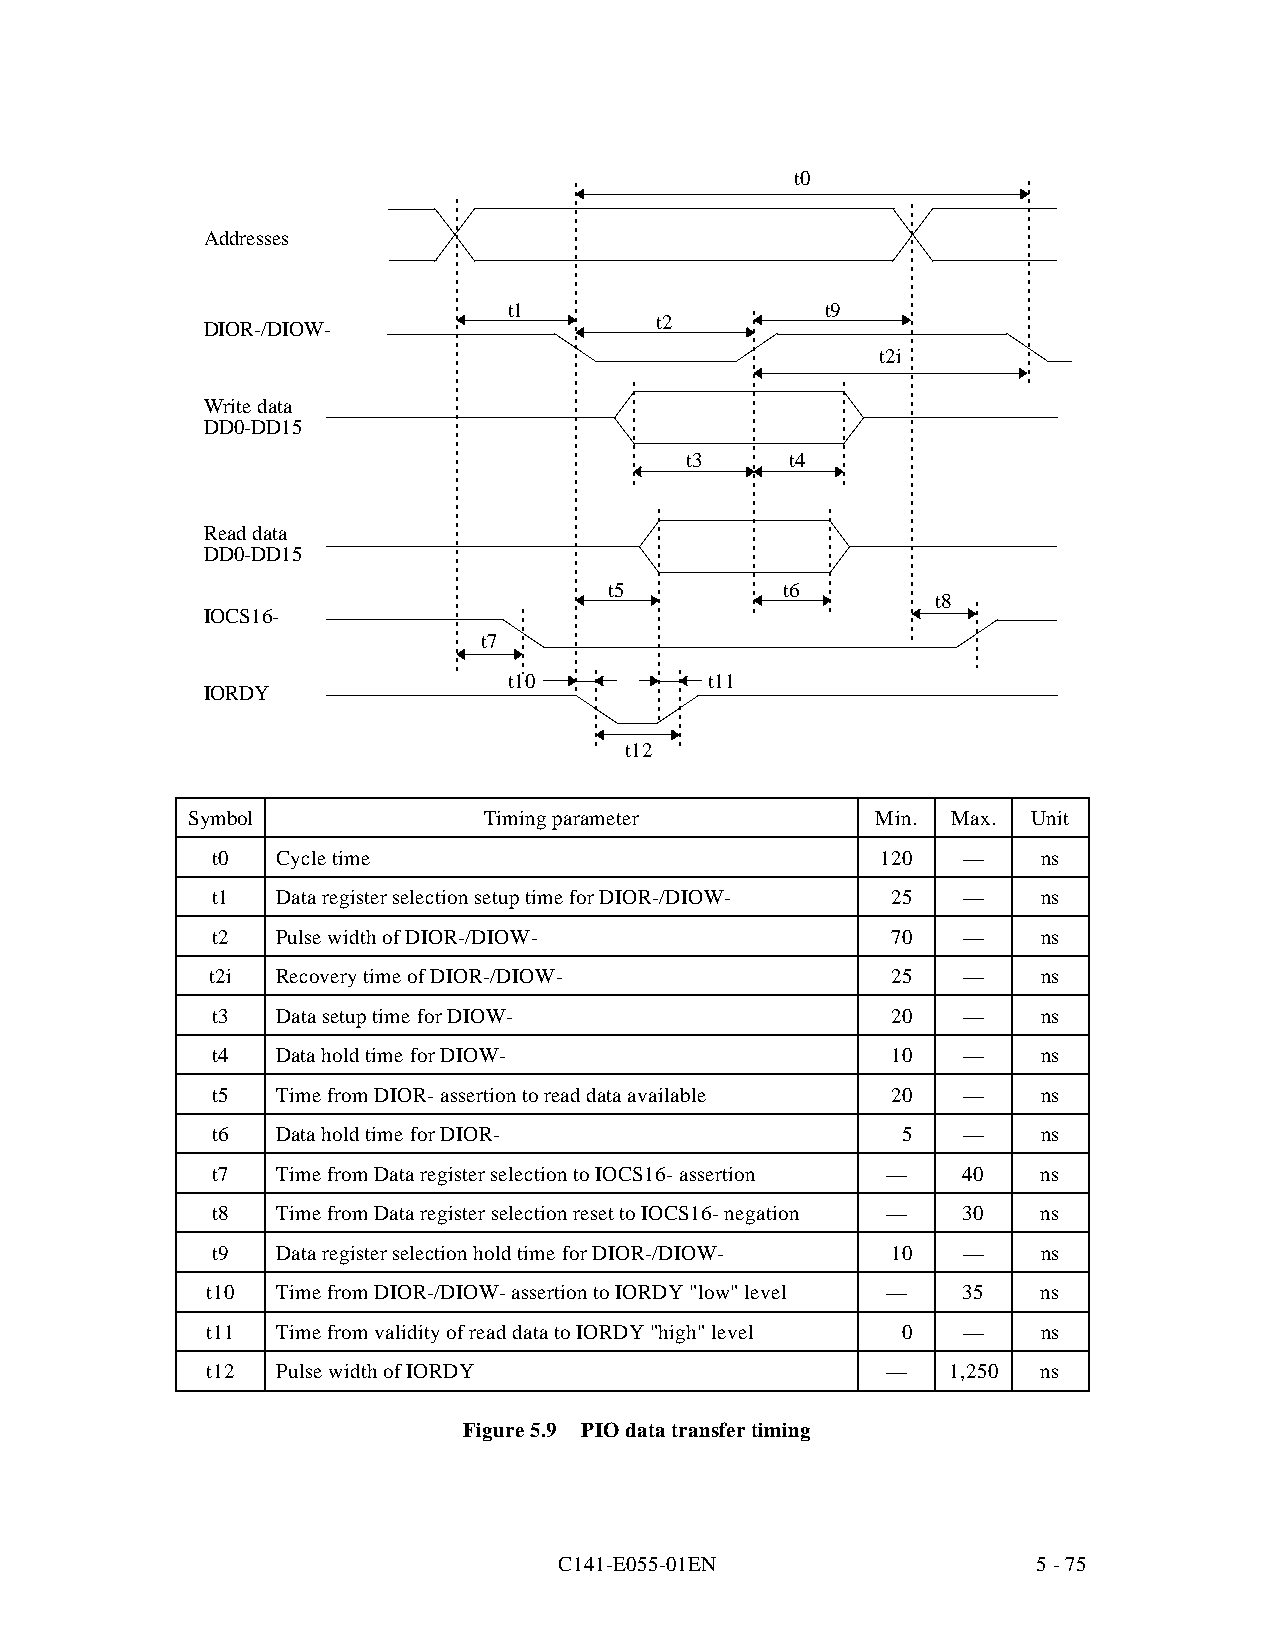
t0
 Addresses
 t1                   t9
 t2
 DIOR-/DIOW-
 t2i
 Write data
 DD0-DD15
 t3     t4
 Read data
 DD0-DD15
 t5          t6
 t8
 IOCS16-
 t7
 t10          t11
 IORDY
 t12
 Symbol              Timing parameter          Min. Max. Unit
 t0  Cycle time                              120   —    ns
 t1  Data register selection setup time for DIOR-/DIOW- 25 — ns
 t2  Pulse width of DIOR-/DIOW-               70   —    ns
 t2i Recovery time of DIOR-/DIOW-             25   —    ns
 t3  Data setup time for DIOW-                20   —    ns
 t4  Data hold time for DIOW-                 10   —    ns
 t5  Time from DIOR- assertion to read data available 20 — ns
 t6  Data hold time for DIOR-                  5   —    ns
 t7  Time from Data register selection to IOCS16- assertion — 40 ns
 t8  Time from Data register selection reset to IOCS16- negation — 30 ns
 t9  Data register selection hold time for DIOR-/DIOW- 10 — ns
 t10 Time from DIOR-/DIOW- assertion to IORDY "low" level — 35 ns
 t11 Time from validity of read data to IORDY "high" level 0 — ns
 t12 Pulse width of IORDY                     —   1,250 ns
 Figure 5.9 PIO data transfer timing
 C141-E055-01EN                  5 - 75